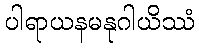
ပါရာယနမနုဂါယိဿံ